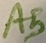
Text: A5